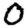
Digit: 0